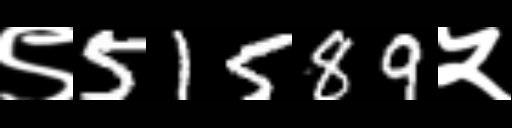
Text: ९51589५